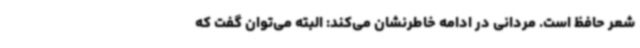
شعر حافظ است. مردانی در ادامه خاطرنشان می‌کند: البته می‌توان گفت که